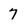
Character: 7